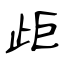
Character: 歫